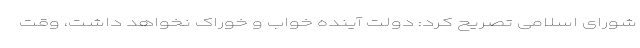
شورای اسلامی تصریح کرد: دولت آینده خواب و خوراک نخواهد داشت، وقت